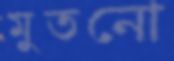
মুতনো